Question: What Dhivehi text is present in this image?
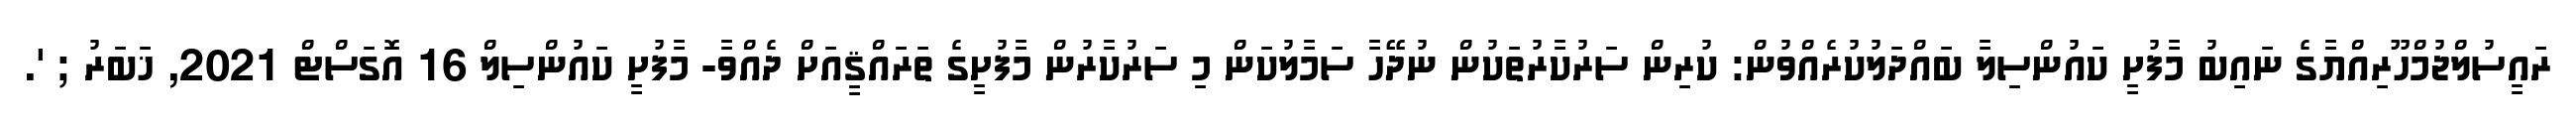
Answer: ރައީސުލްޖުމްހޫރިއްޔާގެ ނައިބު މާފުށީ ކައުންސިލާ ބައްދަލުކުރެއްވުން: ކުރިން ސަރުކާރުތަކުން ނުދޭހާ ސަމާލުކަން މި ސަރުކާރުން މާފުށީގެ ތަރައްޤީއަށް ދެއްވާ- މާފުށީ ކައުންސިލް 16 އޮގަސްޓް 2021, ޚަބަރު ; '.